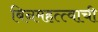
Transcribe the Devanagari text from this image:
बिनमहत्त्वाची